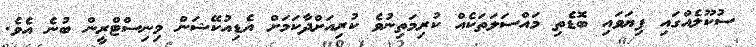
ސުކޫލެއްގައި ފިޔަވައި ބޮޑެތި މައްސަލަތަކެއް ކުރިމަތިނުވެ ކުރިއަށްދާކަމަށް އެޑިއުކޭޝަން މިނިސްޓްރީން ބުނެ އެވެ.